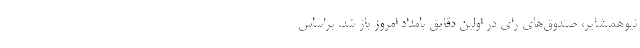
نیوهمپشایر، صندوق‌های رای در اولین دقایق بامداد امروز باز شد. براساس